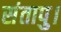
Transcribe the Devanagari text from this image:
संतापु।